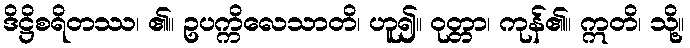
ဒိဋ္ဌိစရိတဿ၊ ၏။ ဥပက္ကိလေသာတိ၊ ဟူ၍။ ဝုတ္တာ၊ ကုန်၏။ ဣတိ၊ သို့။